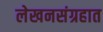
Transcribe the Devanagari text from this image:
लेखनसंग्रहात